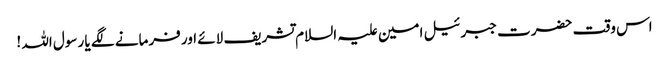
اس وقت حضرت جبرئیل امین علیہ السلام تشریف لائے اور فرمانے لگے یا رسول اللہ !